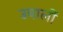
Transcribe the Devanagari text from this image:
उबालीं